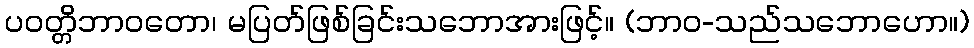
ပဝတ္တိဘာဝတော၊ မပြတ်ဖြစ်ခြင်းသဘောအားဖြင့်။ (ဘာဝ-သည်သဘောဟော။)